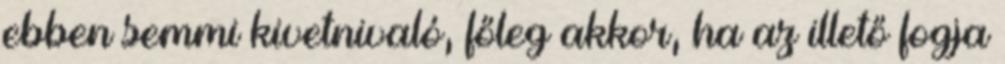
ebben semmi kivetnivaló, főleg akkor, ha az illető fogja